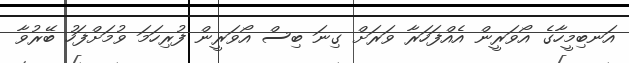
އަނބިމީހާގެ އޯވަރީން އެއްފަހަރާ ވަރަށް ގިނަ ބިސް އޯވަރީން ފުރިހަމަ ވުމަށްފަހު ބޭރުވާ